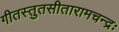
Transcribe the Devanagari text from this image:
गीतस्तुतसीतारामचन्द्रः